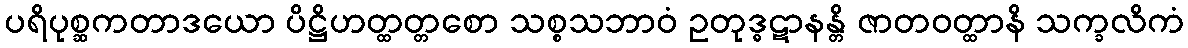
ပရိပုစ္ဆကတာဒယော ပိဋ္ဌိဟတ္ထတ္တစော သစ္စသဘာဝံ ဥတုဒ္ဓဋာနန္တိ ဇာတဝတ္ထာနိ သက္ခလိကံ